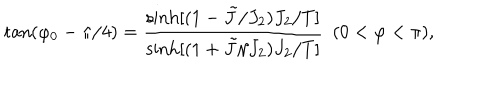
LaTeX: \tan ( \varphi _ { 0 } - \pi / 4 ) = { \frac { \sinh [ ( 1 - \tilde { J } / J _ { 2 } ) J _ { 2 } / T ] } { \sinh [ ( 1 + \tilde { J } / J _ { 2 } ) J _ { 2 } / T ] } } \ \ ( 0 < \varphi < \pi ) ,